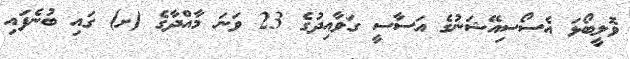
ވޮލީބޯޅަ އެސޯސިއޭޝަނުގެ އަސާސީ ގަވާއިދުގެ 23 ވަނަ މާއްދާގެ (ށ) ގައި ބުނެފައި